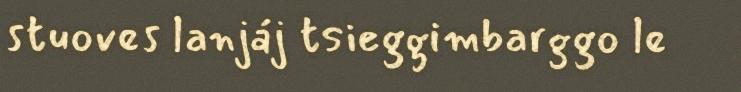
stuoves lanjáj tsieggimbarggo le